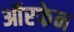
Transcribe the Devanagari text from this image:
ऑरफेन